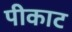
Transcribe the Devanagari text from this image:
पीकाट